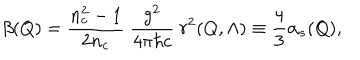
LaTeX: \beta ( Q ) = { \frac { n _ { c } ^ { 2 } - 1 } { 2 n _ { c } } } \ { \frac { g ^ { 2 } } { 4 \pi \hbar c } } \ r ^ { 2 } ( Q , \Lambda ) \equiv { \frac { 4 } { 3 } } \alpha _ { s } ( Q ) ,